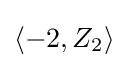
\left\langle -2,Z_{2}\right\rangle